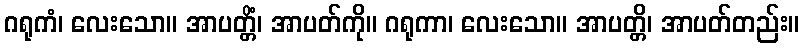
ဂရုကံ၊ လေးသော။ အာပတ္တိံ၊ အာပတ်ကို။ ဂရုကာ၊ လေးသော။ အာပတ္တိ၊ အာပတ်တည်း။